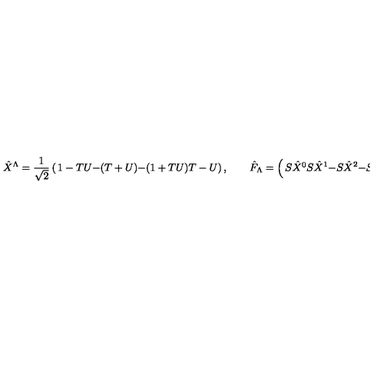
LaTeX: \hat { X } ^ { \Lambda } = { \frac { 1 } { \sqrt 2 } } \left( \begin{matrix} { 1 - T U } \\ { - ( T + U ) } \\ { - ( 1 + T U ) } \\ { T - U } \\ \end{matrix} \right) , \qquad \hat { F } _ { \Lambda } = \left( \begin{matrix} { S \hat { X } ^ { 0 } } \\ { S \hat { X } ^ { 1 } } \\ { - S \hat { X } ^ { 2 } } \\ { - S \hat { X } ^ { 3 } } \\ \end{matrix} \right) = S \eta _ { \Lambda \Sigma } \hat { X } ^ { \Sigma } \ ,